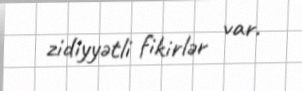
zidiyyətli fikirlər var.